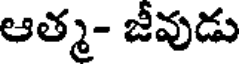
ఆత్మ- జీవుడు